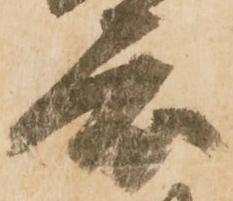
度